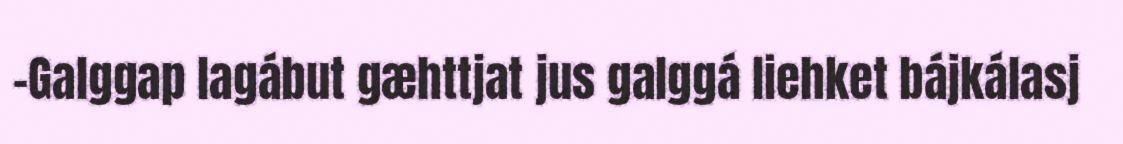
–Galggap lagábut gæhttjat jus galggá liehket bájkálasj